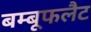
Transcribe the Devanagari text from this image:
बम्बूफलैट